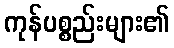
ကုန်ပစ္စည်းများ၏